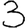
Digit: 3